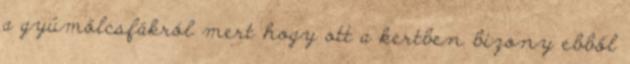
a gyümölcsfákról mert hogy ott a kertben bizony ebből